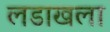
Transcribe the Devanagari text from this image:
लडाखला